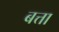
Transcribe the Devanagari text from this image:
बत्ता